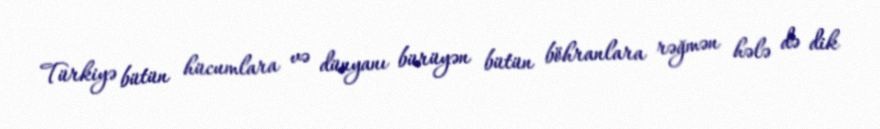
Türkiyə bütün hücumlara və dünyanı bürüyən bütün böhranlara rəğmən hələ də dik